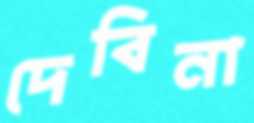
দেবিনা